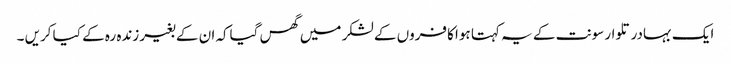
ایک بہادر تلوار سونت کے یہ کہتا ہوا کافروں کے لشکر میں گھس گیاکہ ان کے بغیر زندہ رہ کے کیا کریں ۔